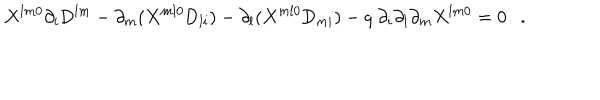
LaTeX: X ^ { l m 0 } \partial _ { i } \mathrm { D } ^ { l m } - \partial _ { m } ( X ^ { m l 0 } \mathrm { D } _ { l i } ) - \partial _ { l } ( X ^ { m l 0 } \mathrm { D } _ { m i } ) - q { ~ } \partial _ { i } \partial _ { l } \partial _ { m } X ^ { l m 0 } = 0 .